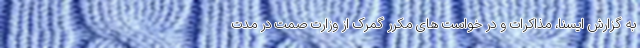
به گزارش ایسنا، مذاکرات و در خواست های مکرر گمرک از وزارت صمت در مدت